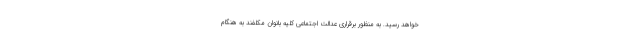
خواهد رسید. به منظور برقراری عدالت اجتماعی کلیه بانوان مکلفند به هنگام